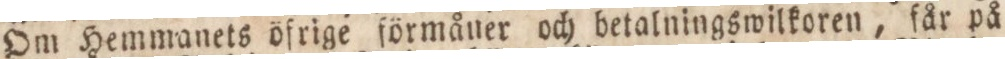
Om Hemmanets öfrige förmåner och betalningswilkoren, får på